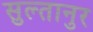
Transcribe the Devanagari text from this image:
सुल्तानुर